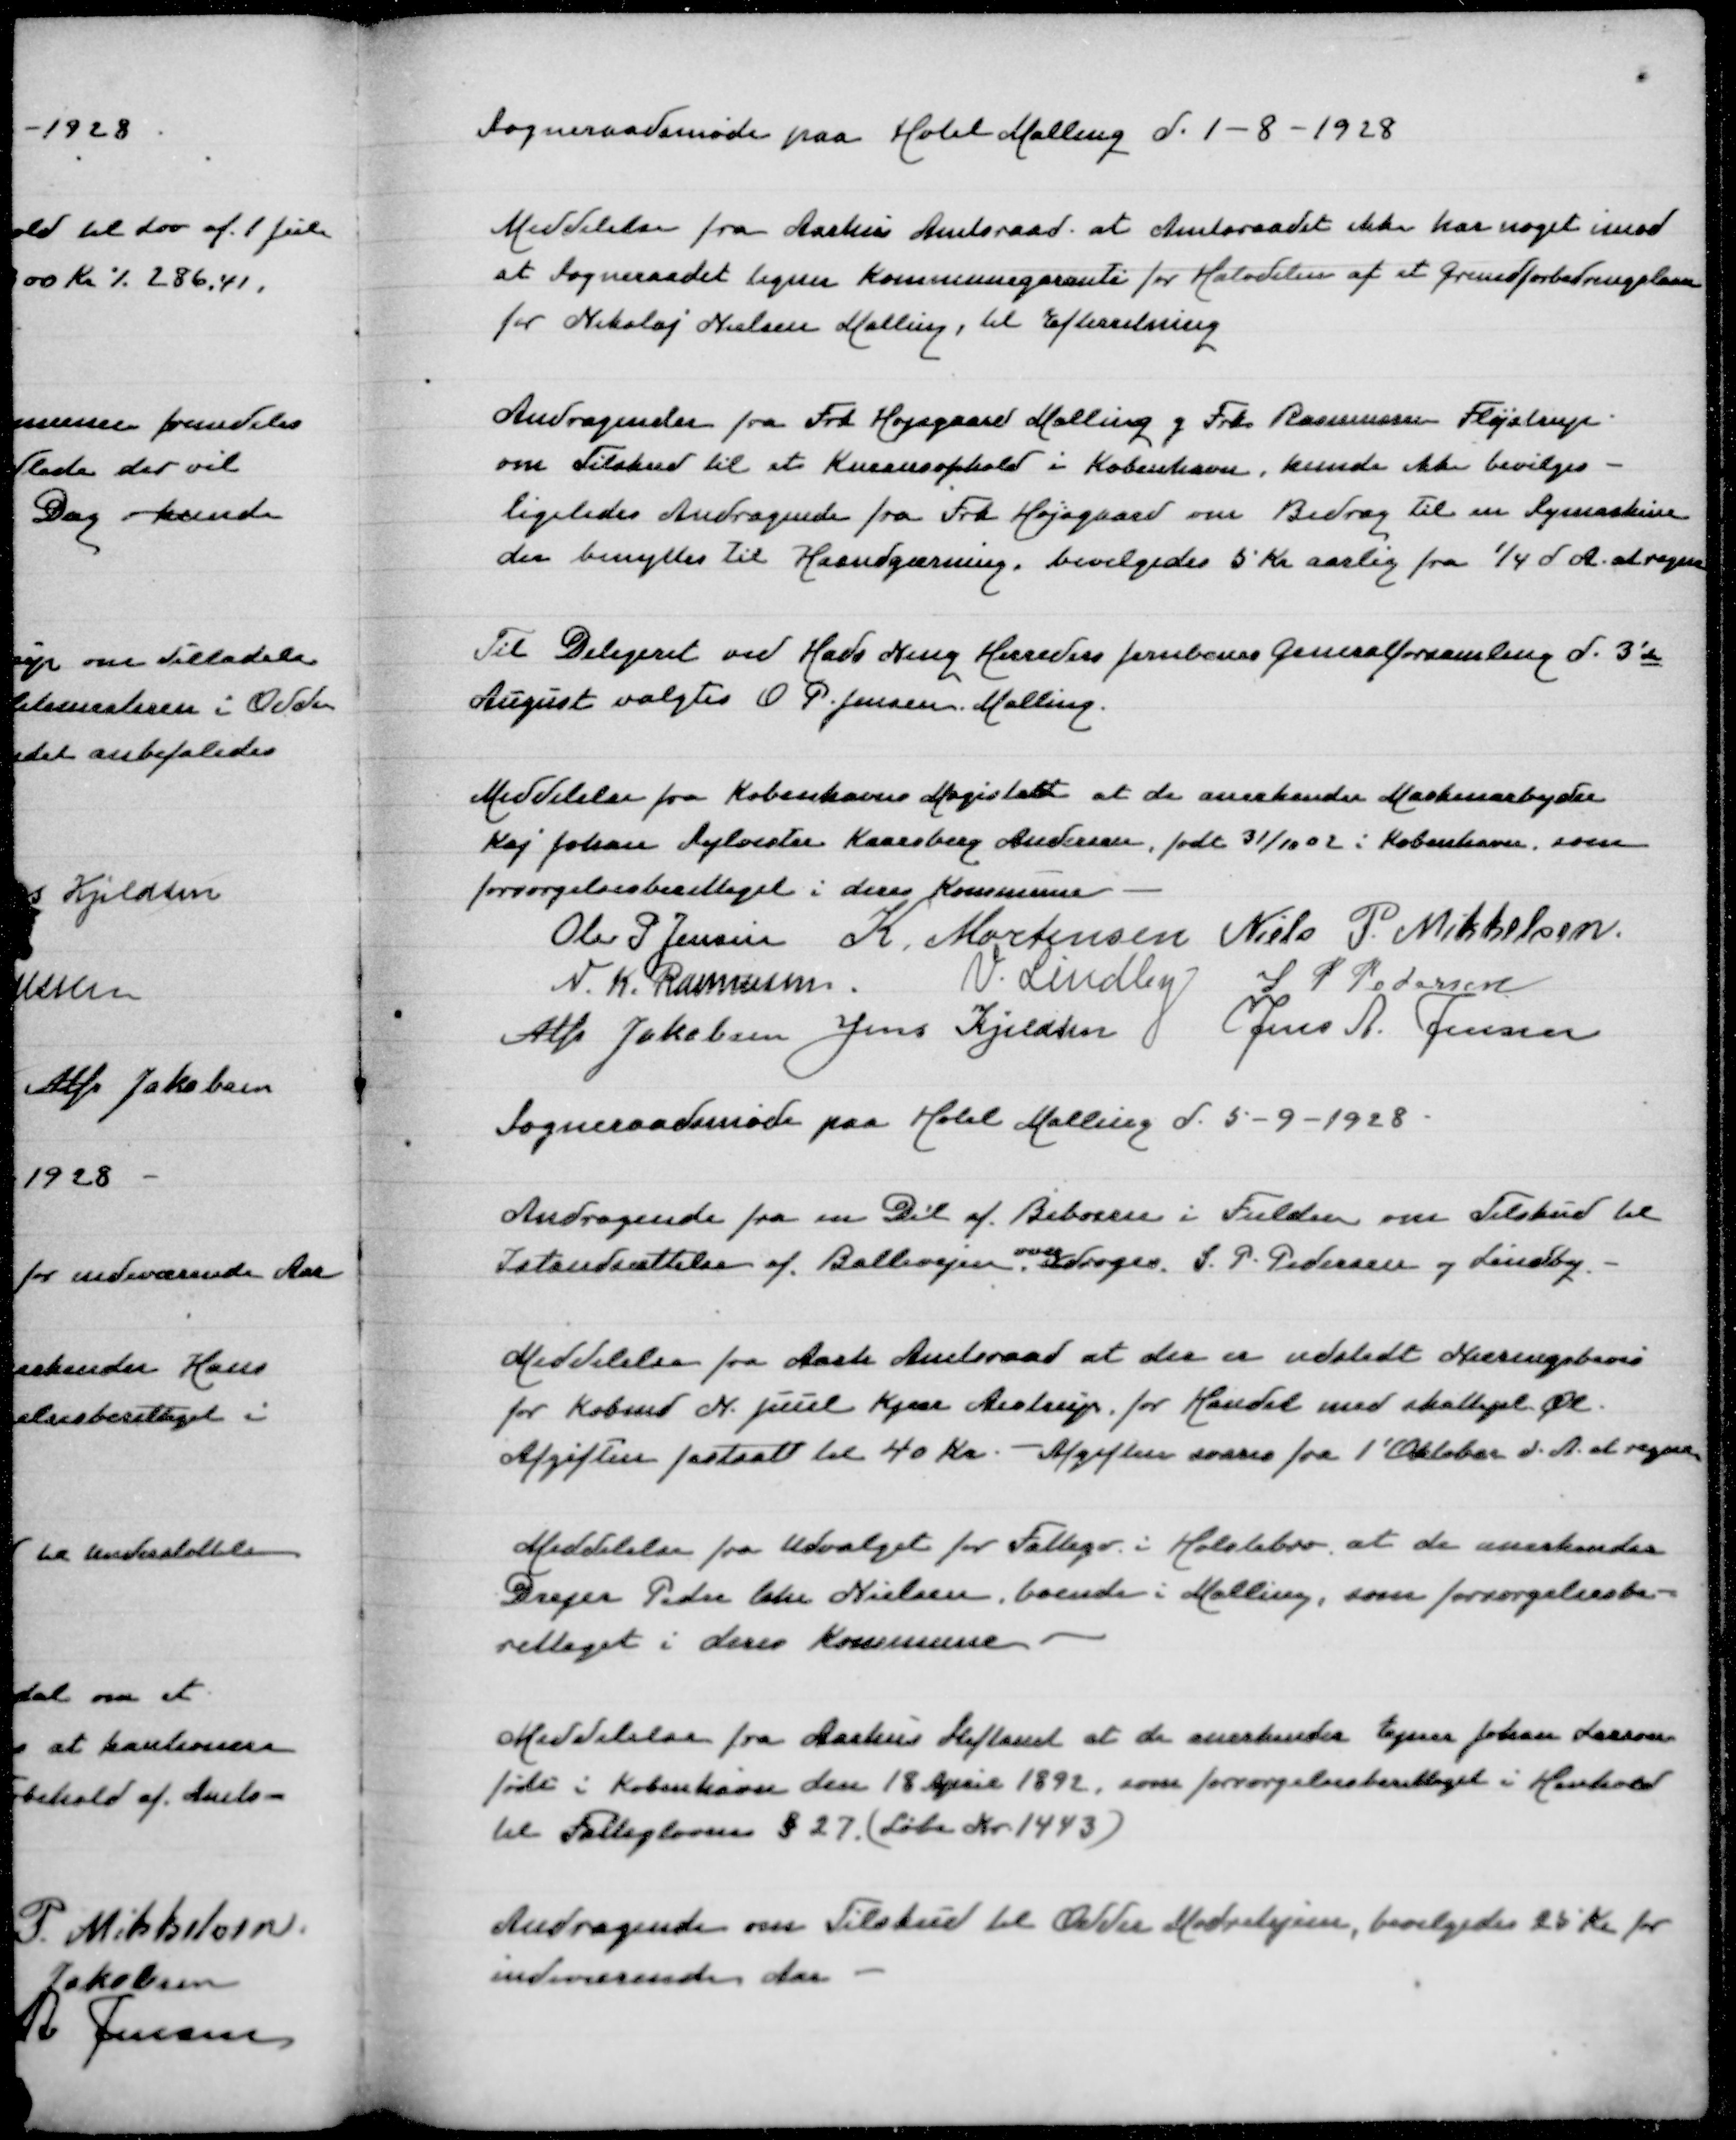
Transskription:
Sogneraadsmøde paa Hotel Malling d 1-8-1928

Meddelelse fra Aarhus Amtsraad at Amtsraadet ikke har noget imod
at sogneraadet tegner Kommunegaranti for Halvdelen af et Grundforbedringslaan
for Nikolaj Nielsen Malling, til Efterretning

Andragender fra Frk Højsgaard Malling og Frk Rasmussen Fløjstrup
om Tilskud til et Kursusophold i København, kunde ikke bevilges
ligeledes Andragende fra Frk Højsgaard om Bidrag til en Symaskine
der benyttes til Haandgernng, bevilgedes 5 Kr aarlig  fra 1/4 d A at regne

Til Delegeret ved Hads Ning Herreders Jernbanes Generalforsamling d 3'de
August valgtes O P Jensen Malling

Meddelelse fra Københavns Magistrat at de anerkender Maskinarbejder
Kaj Johan Sylvester Kaarsberg Andersen, født 31/10 02 i København som
forsørgelsesberettiget i deres Kommune
Ole P Jensen
K Mortensen
Niels P Mikkelsen
N K Rasmussen
V Lindby
S P Pedersen
Alfr Jakobsen
Jens Kjeldsen
Jens A Jensen

Sogneraadsmøde paa Hotel Malling d 5-9-1928

Andragende fra en Del af Beboerne i Fulden om Tilskud til
Istandsættelse af Ballevejen Overdroges S P Pedersen og Lindby

Meddelelse fra Aarh Amtsraad at der er udstedt Næringsbevis
for Købmd N Juul Kjær Aistrup for Handel med skattepl Øl
Afgiften fastsat til 40 Kr - Afgiften svares fra 1' Oktober d A at regne

Meddelelse fra Udvalget for Fattigv i Holstebro at de anerkender
Drejer Pder Chr Nielsen boende i Malling, som forsørgelsesbe=
rettiget i deres Kommune

Meddelelse fra aarhus Stiftamt at de anerkender Ejnar Johan Larsen
født i København den 18 April 1892, som forsørgelsesberettiget i Henhold
til Fattiglovens §27 (Løbe Nr 1443)

Andragende om Tilskud til Odder Mødrehjem, bevilgedes 25 Kr for
indeværende Aar